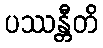
ပဿန္တီတိ